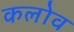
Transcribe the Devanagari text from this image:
कलोव